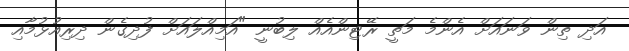
އަދި ތިން ވަނައަށް އެންމެ މަތީ ރޭޓިންއެއް ލިބުނީ "އަމިއްލައަށް ފުދިގެން ދިރިއުޅުމާއި